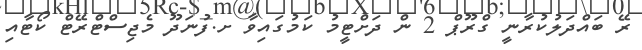
ރޭ ބައްދަލުކުރާނީ ގްރޫޕް 2 ން ދަށްޓީމު ކަމުގައިވާ ށ.ފުނަދޫ މެޖިސްޓްރޭޓް ކޯޓާއި